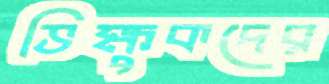
ভিক্ষুকদের